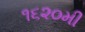
૧૬૨૦મી